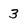
Character: 3